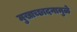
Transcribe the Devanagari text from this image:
मुखाच्छादनामुळे